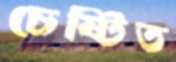
চেষ্টিত